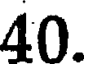
40.